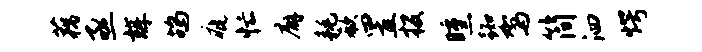
藕亟辉鸪疵忙廨耗欷置投曛踟驾简泗愕